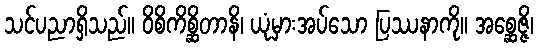
သင်ပညာရှိသည်။ ဝိစိကိစ္ဆိတာနိ၊ ယုံမှားအပ်သော ပြဿနာကို။ အစ္ဆေဇ္ဇိ၊